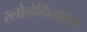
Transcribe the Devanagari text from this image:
स्लोव्हेकियावर